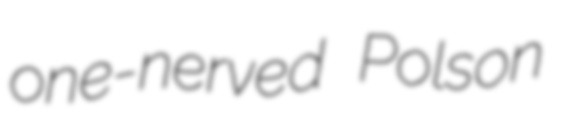
one-nerved Polson